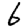
Digit: 6